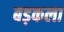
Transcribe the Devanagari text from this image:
बड़कला